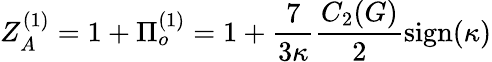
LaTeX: Z_{A}^{(1)}=1+\Pi_{o}^{(1)}=1+\frac{7}{3\kappa}\frac{C_{2}(G)}{2}\mathrm{sign}(\kappa)